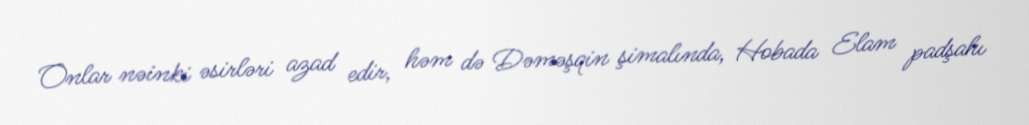
Onlar nəinki əsirləri azad edir, həm də Dəməşqin şimalında, Hobada Elam padşahı